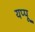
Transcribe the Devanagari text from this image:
यप्पू